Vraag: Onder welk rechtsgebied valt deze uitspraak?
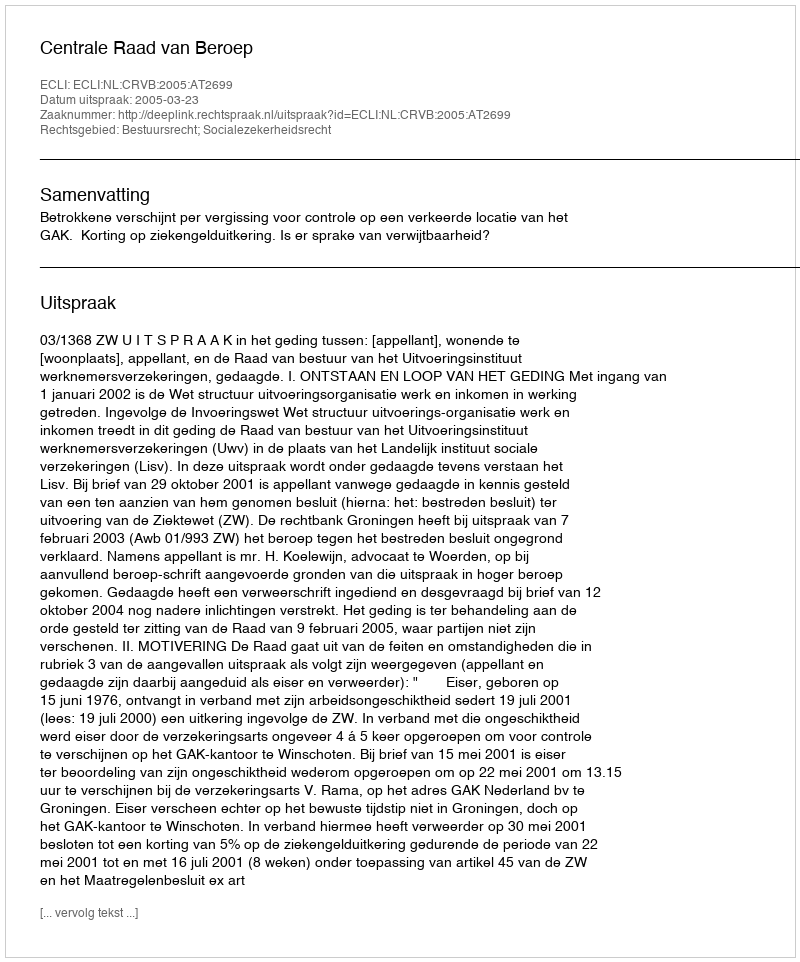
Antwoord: Bestuursrecht; Socialezekerheidsrecht